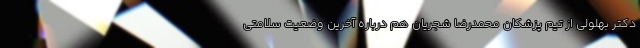
دکتر بهلولی از تیم پزشکان محمدرضا شجریان هم درباره آخرین وضعیت سلامتی